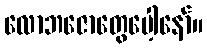
လောဘဇောတွေပေါ့နော်။